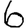
Digit: 6